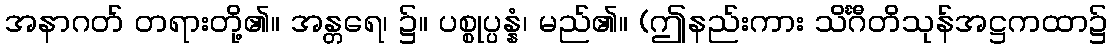
အနာဂတ် တရားတို့၏။ အန္တရေ၊ ၌။ ပစ္စုပ္ပန္နံ၊ မည်၏။ (ဤနည်းကား သိင်္ဂီတိသုန်အဋ္ဌကထာ၌